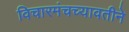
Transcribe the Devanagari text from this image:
विचारमंचच्यावतीने